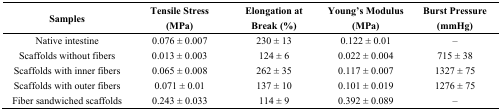
| Samples | Tensile Stress (MPa) | Elongation at Break (%) | Young’s Modulus (MPa) | Burst Pressure (mmHg) |
 | --- | --- | --- | --- | --- |
 | Native intestine | 0.076 ± 0.007 | 230 ± 13 | 0.122 ± 0.01 | – |
 | Scaffolds without fibers | 0.013 ± 0.003 | 124 ± 6 | 0.022 ± 0.004 | 715 ± 38 |
 | Scaffolds with inner fibers | 0.065 ± 0.008 | 262 ± 35 | 0.117 ± 0.007 | 1327 ± 75 |
 | Scaffolds with outer fibers | 0.071 ± 0.01 | 137 ± 10 | 0.101 ± 0.019 | 1276 ± 75 |
 | Fiber sandwiched scaffolds | 0.243 ± 0.033 | 114 ± 9 | 0.392 ± 0.089 | – |